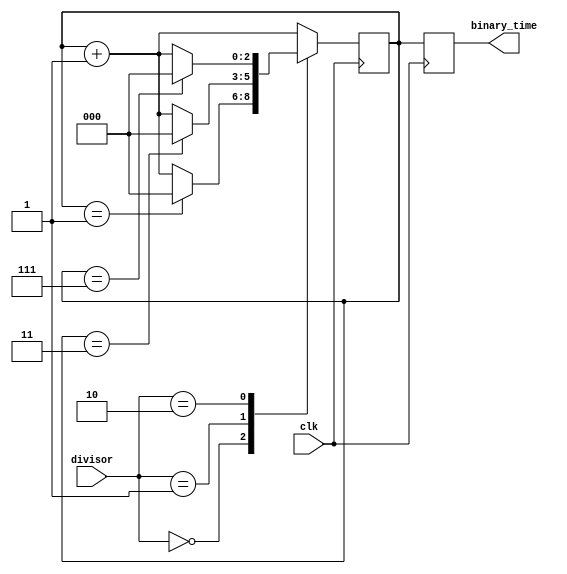
module clock_divider (
    input wire clk,      // input clock signal
    input wire [2:0] divisor,  // input settings for division ratio
    output reg [2:0] binary_time  // output binary representation of time
);

reg [2:0] count;  // counter to keep track of division

always @(posedge clk) begin
    // increment counter
    count <= count + 1;
    
    // reset counter based on division ratio
    case (divisor)
        3'b000:  // divide by 2
            if (count == 1)
                count <= 0;
        3'b001:  // divide by 4
            if (count == 3)
                count <= 0;
        3'b010:  // divide by 8
            if (count == 7)
                count <= 0;
        // add more cases for different division ratios as needed
    endcase
    
    // update binary time output based on counter value
    binary_time <= count;
    
end

endmodule